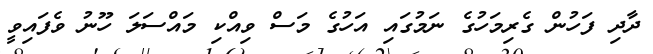
ދާދި ފަހުން ގެރިމަހުގެ ނަމުގައި އަހުގެ މަސް ވިއްކި މައްސަލަ ހޫނު ވެފައިވީ